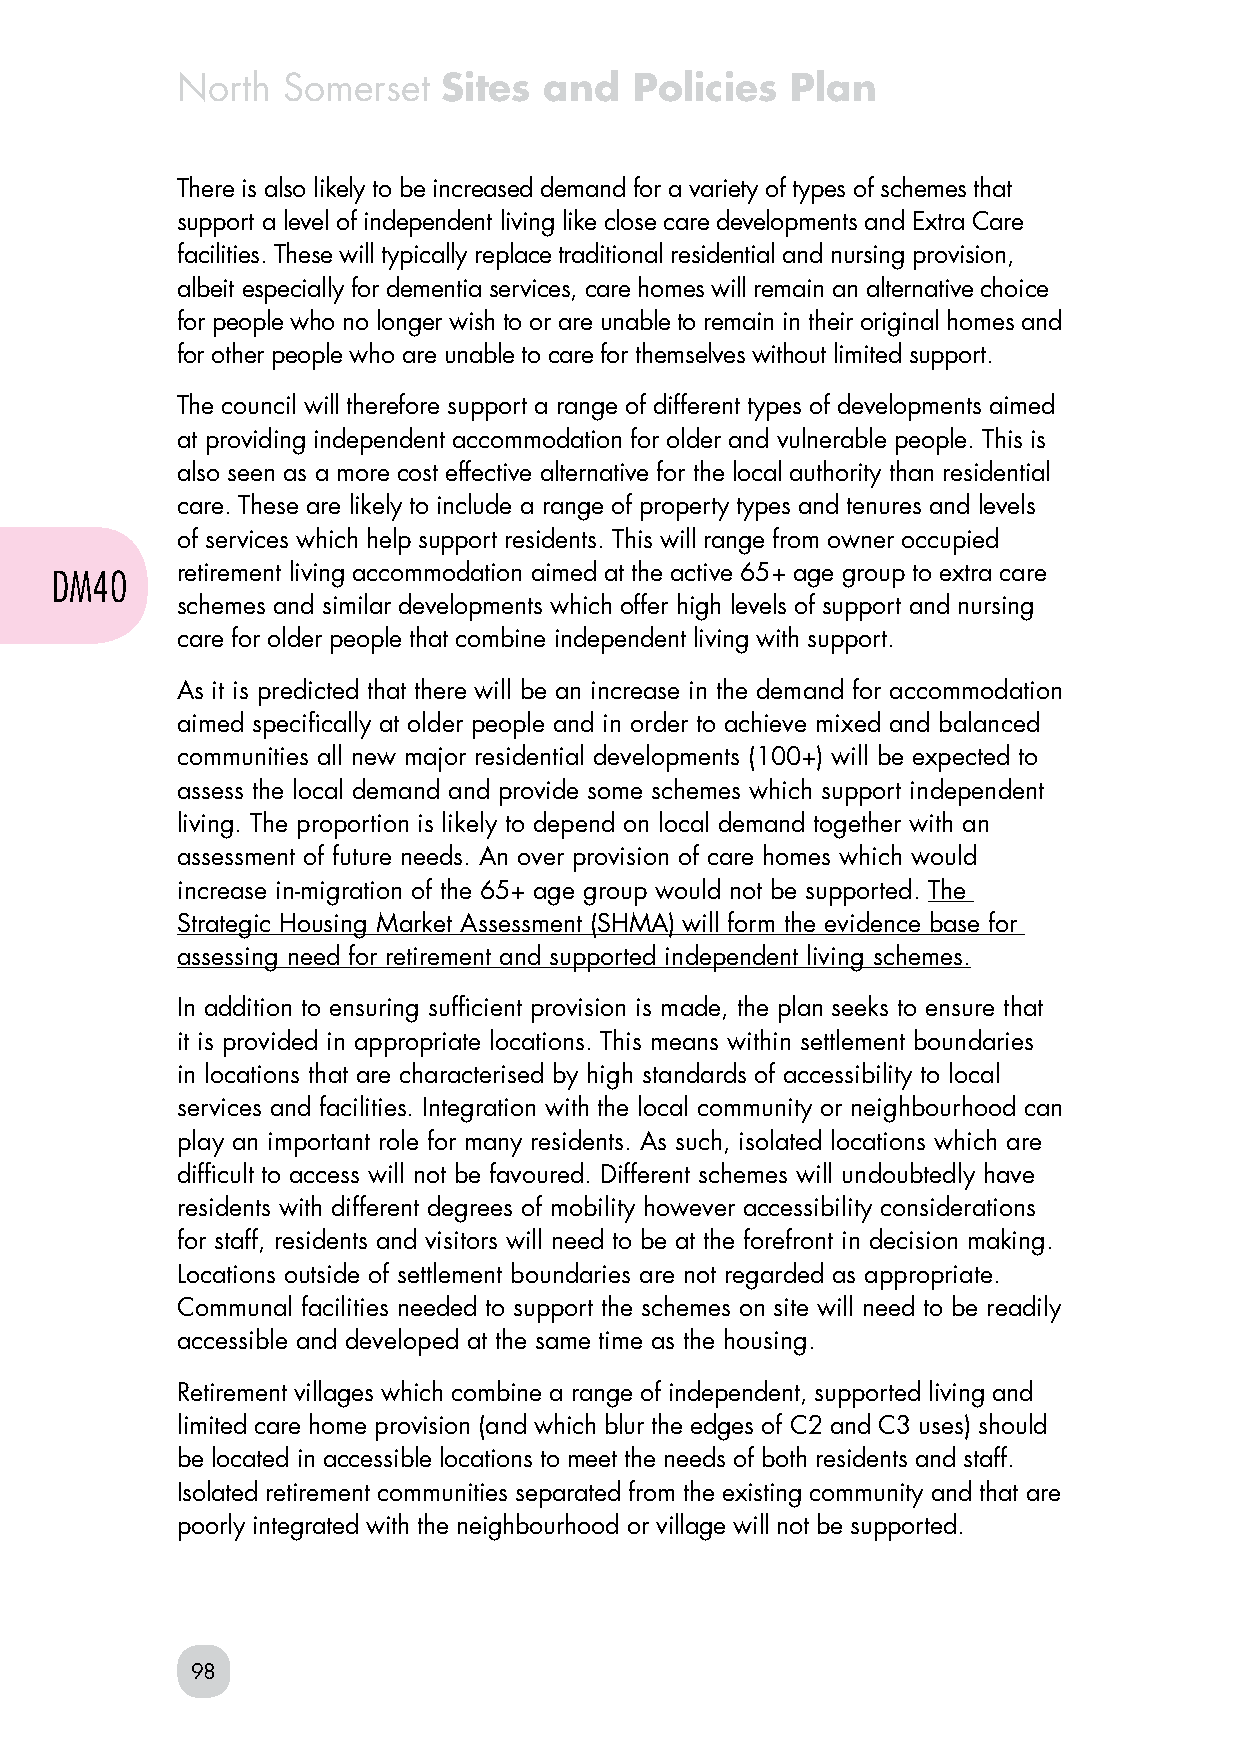
North  Somerset  Sites  and   Policies  Plan
 There is also likely to be increased demand for a variety of types of schemes that
 support a level of independent living like close care developments and Extra Care
 facilities. These will typically replace traditional residential and nursing provision,
 albeit especially for dementia services, care homes will remain an alternative choice
 for people who no longer wish to or are unable to remain in their original homes and
 for other people who are unable to care for themselves without limited support.
 The council will therefore support a range of different types of developments aimed
 at providing independent accommodation for older and vulnerable people. This is
 also seen as a more cost effective alternative for the local authority than residential
 care. These are likely to include a range of property types and tenures and levels
 of services which help support residents. This will range from owner occupied
 DM40     retirement living accommodation aimed at the active 65+ age group to extra care
 schemes and similar developments which offer high levels of support and nursing
 care for older people that combine independent living with support.
 As it is predicted that there will be an increase in the demand for accommodation
 aimed specifically at older people and in order to achieve mixed and balanced
 communities all new major residential developments (100+) will be expected to
 assess the local demand and provide some schemes which support independent
 living. The proportion is likely to depend on local demand together with an
 assessment of future needs. An over provision of care homes which would
 increase in-migration of the 65+ age group would not be supported. The
 Strategic Housing Market Assessment (SHMA) will form the evidence base for
 assessing need for retirement and supported independent living schemes.
 In addition to ensuring sufficient provision is made, the plan seeks to ensure that
 it is provided in appropriate locations. This means within settlement boundaries
 in locations that are characterised by high standards of accessibility to local
 services and facilities. Integration with the local community or neighbourhood can
 play an important role for many residents. As such, isolated locations which are
 difficult to access will not be favoured. Different schemes will undoubtedly have
 residents with different degrees of mobility however accessibility considerations
 for staff, residents and visitors will need to be at the forefront in decision making.
 Locations outside of settlement boundaries are not regarded as appropriate.
 Communal facilities needed to support the schemes on site will need to be readily
 accessible and developed at the same time as the housing.
 Retirement villages which combine a range of independent, supported living and
 limited care home provision (and which blur the edges of C2 and C3 uses) should
 be located in accessible locations to meet the needs of both residents and staff.
 Isolated retirement communities separated from the existing community and that are
 poorly integrated with the neighbourhood or village will not be supported.
 98